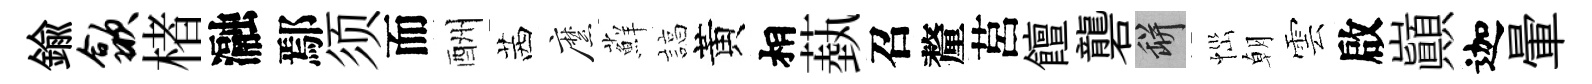
鍮歙楮瀜鄢须而酬茜縻蘚諄黃相蓺召釐莒饘礱瓶𢙉朝雲啟巔迦暈